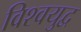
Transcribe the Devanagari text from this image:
विश्‍वयुद्व